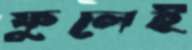
ফুলেই